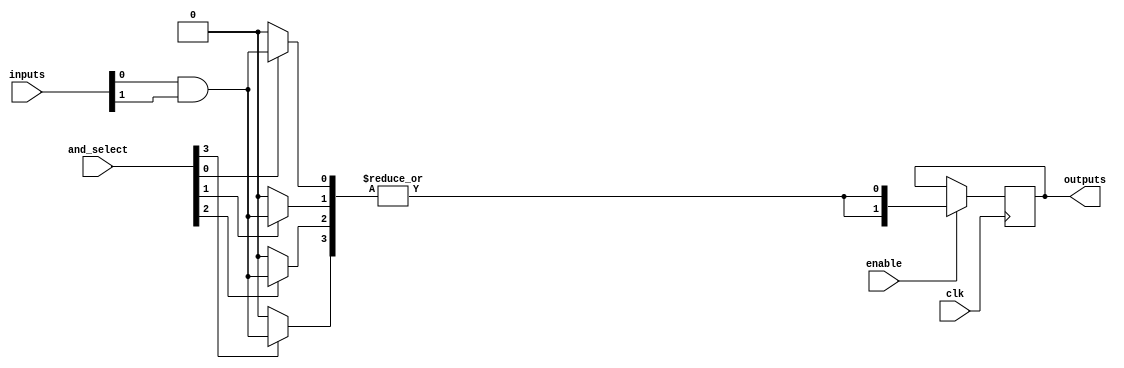
module RPAL #(
    parameter NUM_INPUTS = 4,  // Number of input signals
    parameter NUM_AND_TERMS = 4, // Number of product terms
    parameter NUM_OUTPUTS = 2   // Number of outputs
)(
    input wire [NUM_INPUTS-1:0] inputs,      // Input signals
    input wire [NUM_AND_TERMS-1:0] and_select, // Select lines for AND terms
    input wire clk,                          // Clock signal
    input wire enable,                       // Enable signal for registers
    output reg [NUM_OUTPUTS-1:0] outputs     // Output signals
);

// Internal wires for AND terms
wire [NUM_AND_TERMS-1:0] and_terms;

// Programmable AND array
genvar i;
generate
    for (i = 0; i < NUM_AND_TERMS; i = i + 1) begin : and_array
        assign and_terms[i] = (and_select[i]) ? (inputs[0] & inputs[1]) : 1'b0; // Example: AND of first two inputs
    end
endgenerate

// Fixed OR array
wire or_output;
assign or_output = |and_terms; // Combine all AND terms using OR

// Registers to store the output
always @(posedge clk) begin
    if (enable) begin
        outputs <= {NUM_OUTPUTS{or_output}}; // Store the OR output in registers
    end
end

endmodule